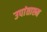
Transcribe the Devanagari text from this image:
उपांताश्म